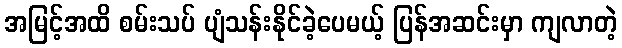
အမြင့်အထိ စမ်းသပ် ပျံသန်းနိုင်ခဲ့ပေမယ့် ပြန်အဆင်းမှာ ကျလာတဲ့